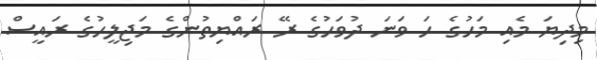
މިދިޔަ މެއި މަހުގެ ހަ ވަނަ ދުވަހުގެ ރޭ ރައްޔިތުންގެ މަޖިލީހުގެ ރައީސް